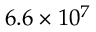
6 . 6 \times 1 0 ^ { 7 }